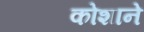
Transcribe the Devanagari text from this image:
कोशाने